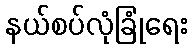
နယ်စပ်လုံခြုံရေး